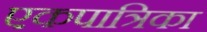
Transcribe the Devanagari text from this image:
एकपात्रिका